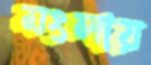
মংলায়